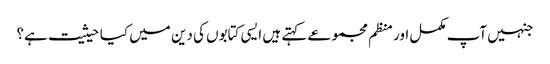
جنہیں آپ مکمل اور منظم مجموعے کہتے ہیں ایسی کتابوں کی دین میں کیا حیثیت ہے؟